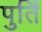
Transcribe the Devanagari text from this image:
पुर्ति